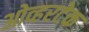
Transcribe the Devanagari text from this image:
ओव्हरटेक